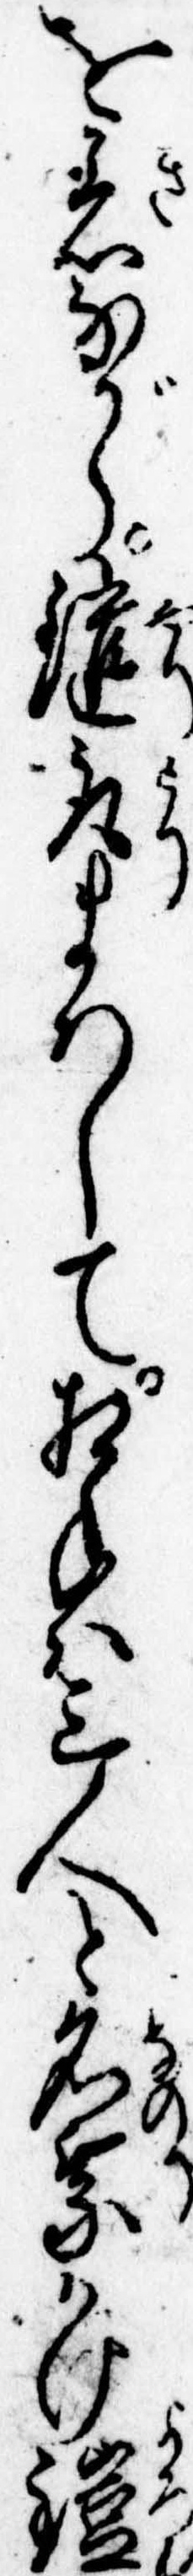
を着ながら鑓取まはして相手は三人と名乗かけ鎧